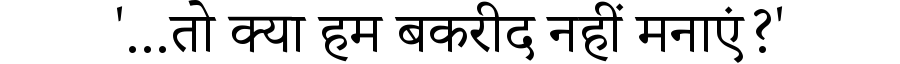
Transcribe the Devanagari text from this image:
'...तो क्या हम बकरीद नहीं मनाएं?'